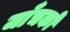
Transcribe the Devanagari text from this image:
जाँचकों